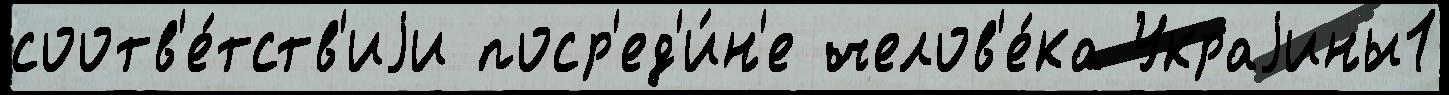
соотв'е́тств'иjи поср'ед'и́н'е челов'е́ка Украjины1